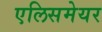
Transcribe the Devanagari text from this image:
एलिसमेयर